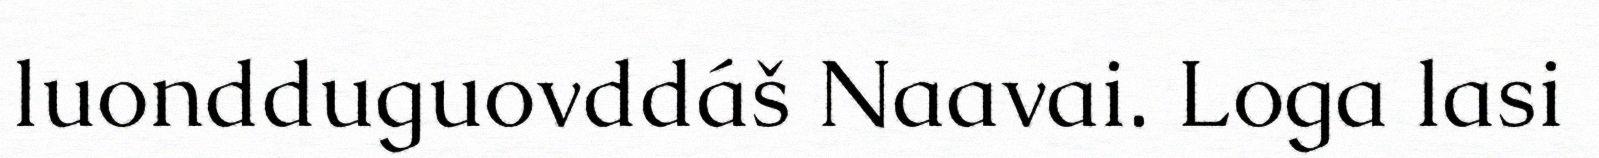
luondduguovddáš Naavai. Loga lasi